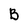
Character: B